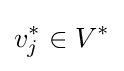
v_{j}^{*}\in V^{*}